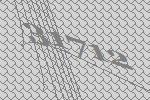
31712